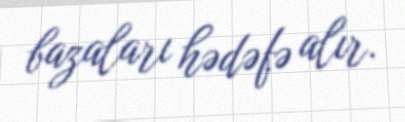
bazaları hədəfə alır.